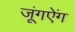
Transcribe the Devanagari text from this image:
जूंगऐंग